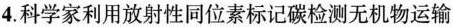
4. 科学家利用放射性同位素标记碳检测无机物运输